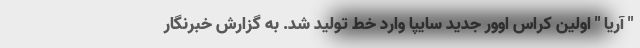
" آریا " اولین کراس اوور جدید سایپا وارد خط تولید شد. به گزارش خبرنگار